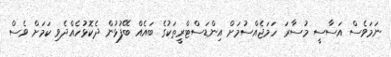
ނަމަވެސް އަސާސީ މުސާރަ ހަމަޖެއްސުމަށް އިންޑަސްޓްރީތަކުގެ ބައެއް ބޭފުޅުން ދެކޮޅުހެއްދެވި ކަމަށް ވެސް